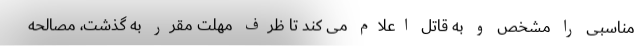
مناسبی را مشخص و به قاتل اعلام می کند تا ظرف مهلت مقرر به گذشت، مصالحه